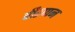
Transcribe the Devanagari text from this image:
वीरप्पन